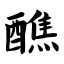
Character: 醮